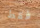
فقط